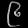
Digit: ၉